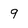
Character: 9